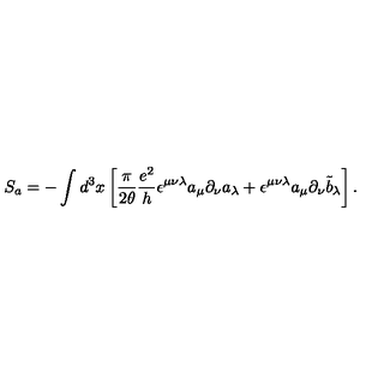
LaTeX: S _ { a } = - \int d ^ { 3 } x \left[ \frac { \pi } { 2 \theta } \frac { e ^ { 2 } } { h } \epsilon ^ { \mu \nu \lambda } a _ { \mu } \partial _ { \nu } a _ { \lambda } + \epsilon ^ { \mu \nu \lambda } a _ { \mu } \partial _ { \nu } { \tilde { b } } _ { \lambda } \right] .